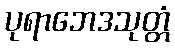
ပုရာဘေဒသုတ္တံ